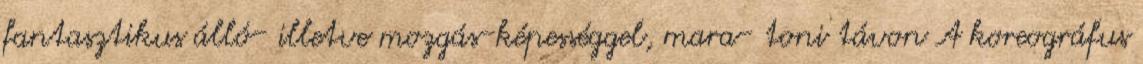
fantasztikus álló- illetve mozgás-képességgel, mara- toni távon A koreográfus